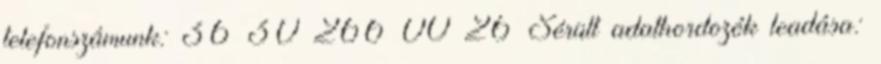
telefonszámunk: 36 30 266 00 26 Sérült adathordozók leadása: